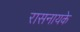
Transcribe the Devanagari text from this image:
रासनायके